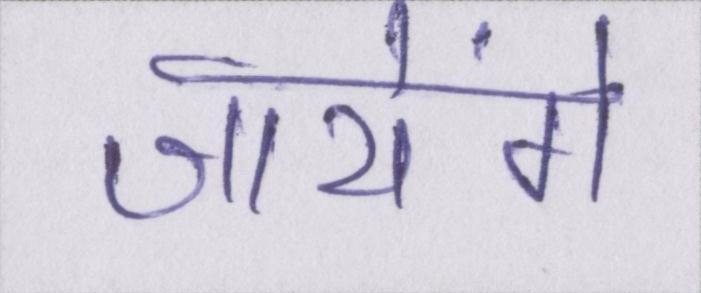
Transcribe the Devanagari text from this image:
जायेंगे